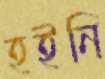
হইনি